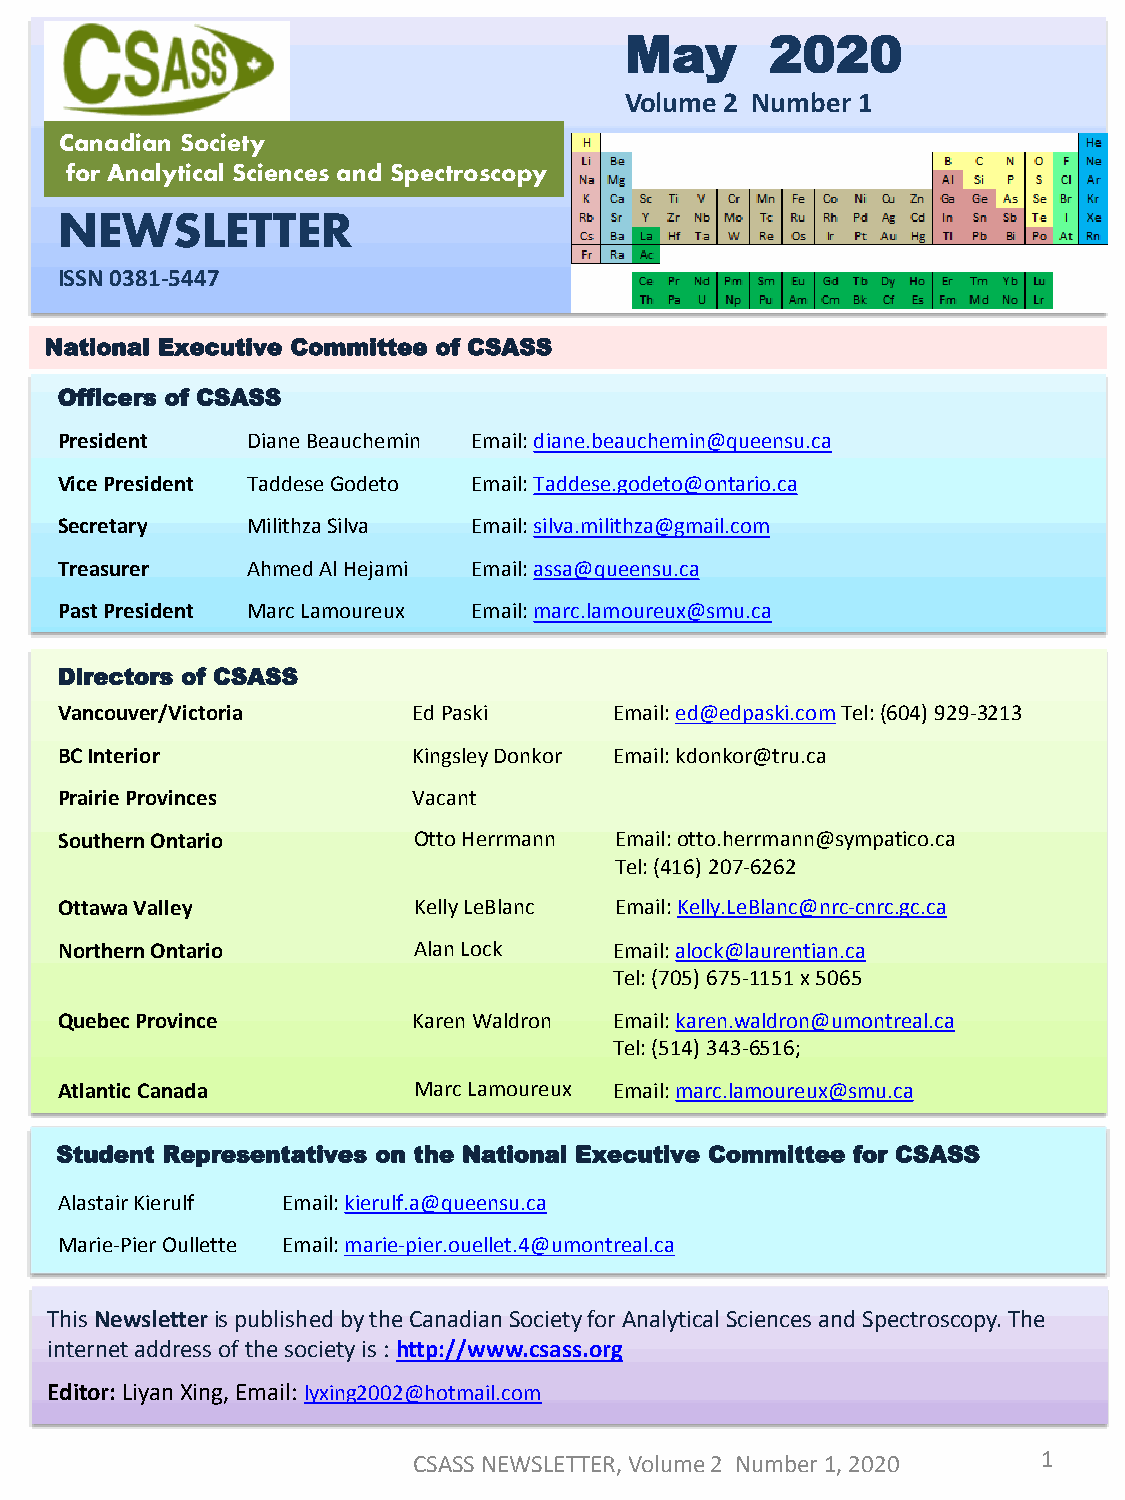
May       2020
 Volume 2 Number 1
 Canadian Society
 for Analytical Sciences and Spectroscopy
 NEWSLETTER
 ISSN 0381-5447
 National Executive Committee of CSASS
 Officers of CSASS
 President   DianeBeauchemin Email:diane.beauchemin@queensu.ca
 VicePresident TaddeseGodeto Email:Taddese.godeto@ontario.ca
 Secretary   MilithzaSilva  Email:silva.milithza@gmail.com
 Treasurer   Ahmed Al Hejami Email:assa@queensu.ca
 Past President Marc Lamoureux Email:marc.lamoureux@smu.ca
 Directors of CSASS
 Vancouver/Victoria     Ed Paski      Email:ed@edpaski.comTel: (604) 929-3213
 BC Interior            Kingsley Donkor Email:kdonkor@tru.ca
 Prairie Provinces      Vacant
 Southern Ontario       Otto Herrmann Email:otto.herrmann@sympatico.ca
 Tel: (416) 207-6262
 Ottawa Valley          Kelly LeBlanc Email: Kelly.LeBlanc@nrc-cnrc.gc.ca
 Northern Ontario       Alan Lock     Email:alock@laurentian.ca
 Tel: (705) 675-1151 x 5065
 Quebec Province        Karen Waldron Email:karen.waldron@umontreal.ca
 Tel: (514) 343-6516;
 Atlantic Canada        Marc Lamoureux Email:marc.lamoureux@smu.ca
 Student Representatives on the National Executive Committee for CSASS
 Alastair Kierulf Email:kierulf.a@queensu.ca
 Marie-Pier Oullette Email:marie-pier.ouellet.4@umontreal.ca
 ThisNewsletter is published by the Canadian Society for Analytical Sciences and Spectroscopy. The
 internet address of the society is : http://www.csass.org
 Editor: LiyanXing, Email: lyxing2002@hotmail.com
 CSASS NEWSLETTER, Volume 2 Number 1, 2020 1